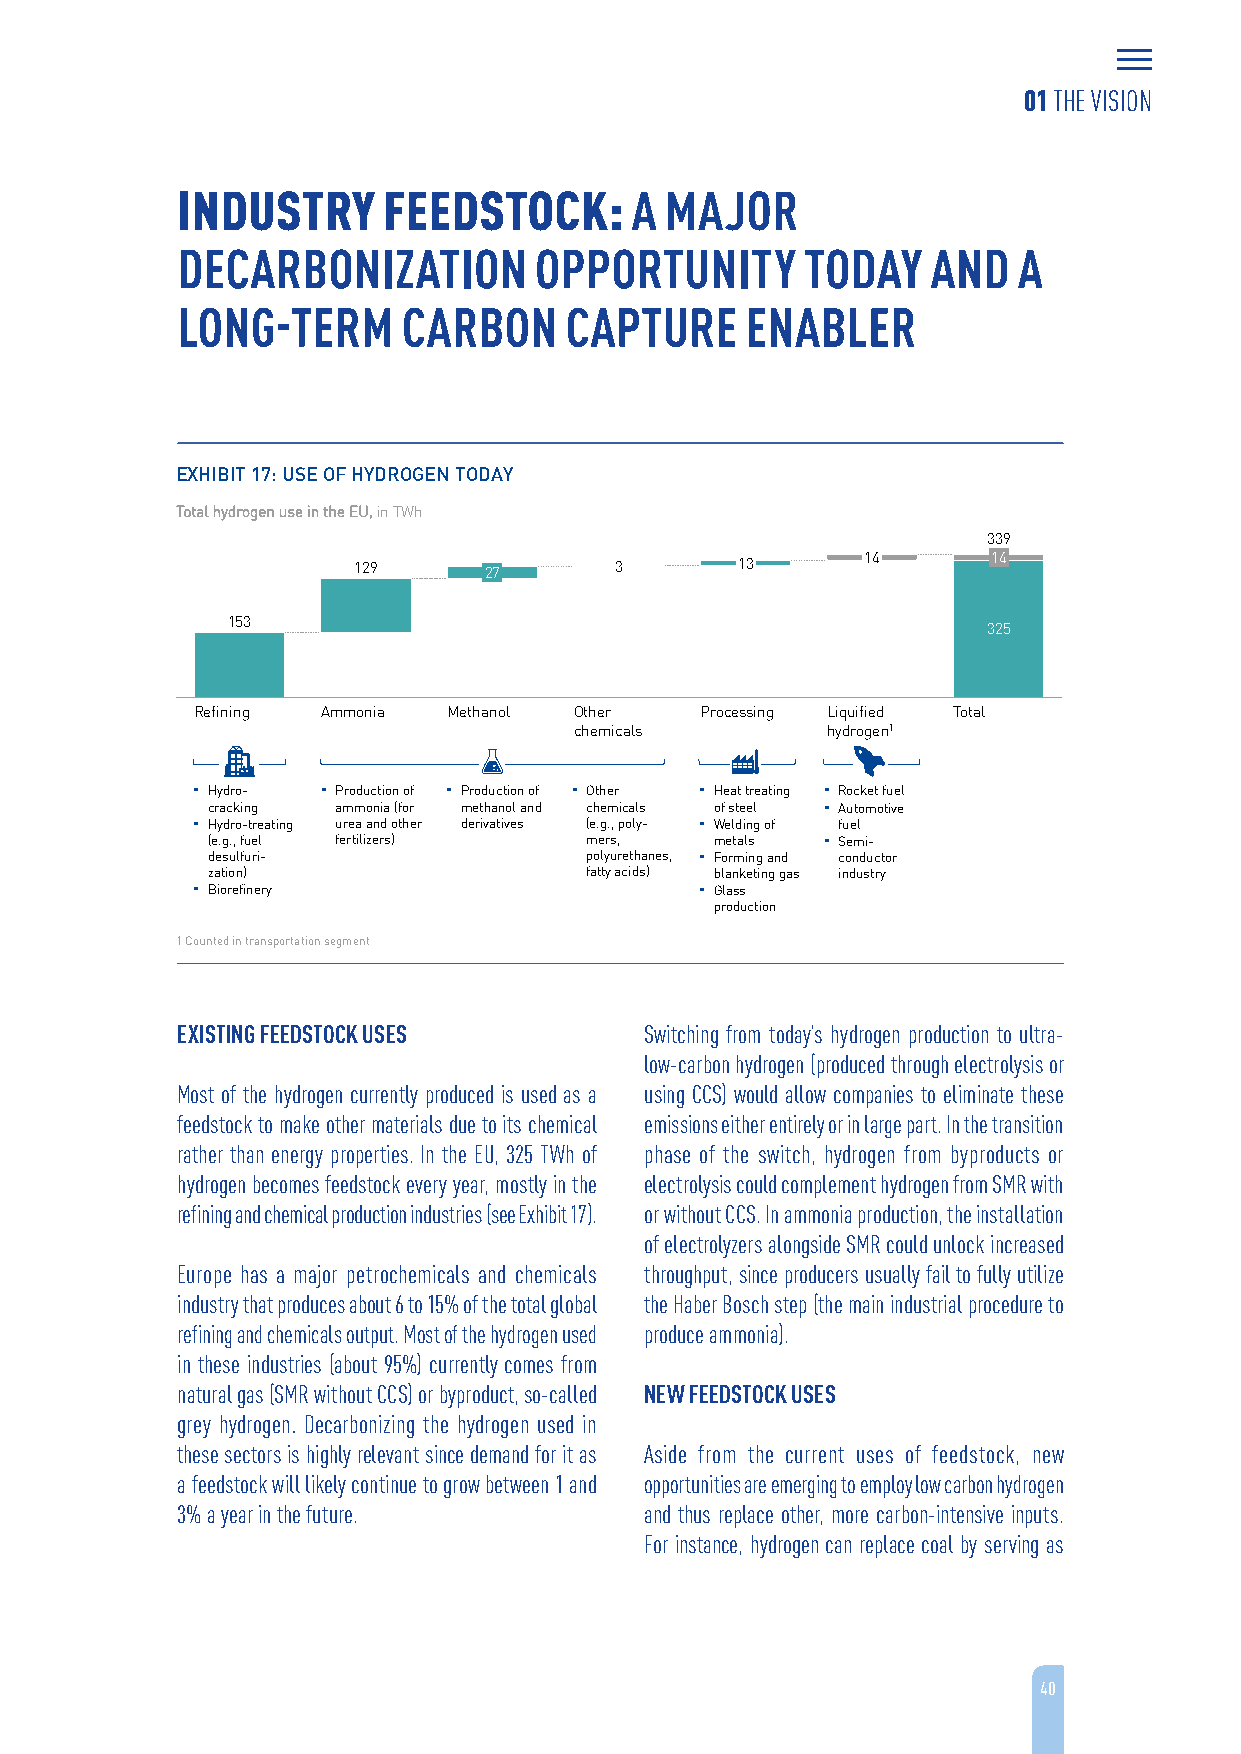
01 THE VISION
 INDUSTRY     FEEDSTOCK:       A MAJOR
 DECARBONIZATION        OPPORTUNITY       TODAY    AND  A
 LONG-TERM      CARBON    CAPTURE     ENABLER
 EXHIBIT 17: USE OF HYDROGEN TODAY
 Total hydrogen use in the EU, in TWh
 339
 129      27       3       13      14       14
 153
 325
 Refining Ammonia Methanol Other  Processing Liquified Total
 chemicals        hydrogen1
 ▪ Hydro- ▪ Production of ▪ Production of ▪ Other ▪ Heat treating ▪ Rocket fuel
 cracking ammonia (for methanol and chemicals of steel ▪ Automotive
 ▪ Hydro-treating urea and other derivatives (e.g., poly- ▪ Welding of fuel
 (e.g., fuel fertilizers) mers,   metals  ▪ Semi-
 desulfuri-               polyurethanes, ▪ Forming and conductor
 zation)                  fatty acids) blanketing gas industry
 ▪ Biorefinery                    ▪ Glass
 production
 1 Counted in transportation segment
 EXISTING FEEDSTOCK USES        Switching from today’s hydrogen production to ultra-
 low-carbon hydrogen (produced through electrolysis or
 Most of the hydrogen currently produced is used as a using CCS) would allow companies to eliminate these
 feedstock to make other materials due to its chemical emissions either entirely or in large part. In the transition
 rather than energy properties. In the EU, 325 TWh of phase of the switch, hydrogen from byproducts or
 hydrogen becomes feedstock every year, mostly in the electrolysis could complement hydrogen from SMR with
 refining and chemical production industries (see Exhibit 17). or without CCS. In ammonia production, the installation
 of electrolyzers alongside SMR could unlock increased
 Europe has a major petrochemicals and chemicals throughput, since producers usually fail to fully utilize
 industry that produces about 6 to 15% of the total global the Haber Bosch step (the main industrial procedure to
 refining and chemicals output. Most of the hydrogen used produce ammonia).
 in these industries (about 95%) currently comes from
 natural gas (SMR without CCS) or byproduct, so-called NEW FEEDSTOCK USES
 grey hydrogen. Decarbonizing the hydrogen used in
 these sectors is highly relevant since demand for it as Aside from the current uses of feedstock, new
 a feedstock will likely continue to grow between 1 and opportunities are emerging to employ low carbon hydrogen
 3% a year in the future.       and thus replace other, more carbon-intensive inputs.
 For instance, hydrogen can replace coal by serving as
 40